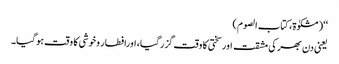
‘‘(مشکوٰۃ، کتاب الصوم)
یعنی دن بھر کی مشقت اورسختی کا وقت گزرگیا، اورافطار وخوشی کا وقت ہوگیا۔